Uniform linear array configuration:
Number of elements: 32
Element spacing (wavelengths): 0.75
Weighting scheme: binomial
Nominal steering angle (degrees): -60
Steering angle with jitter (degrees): -61.219
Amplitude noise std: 0.05
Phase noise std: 0.05

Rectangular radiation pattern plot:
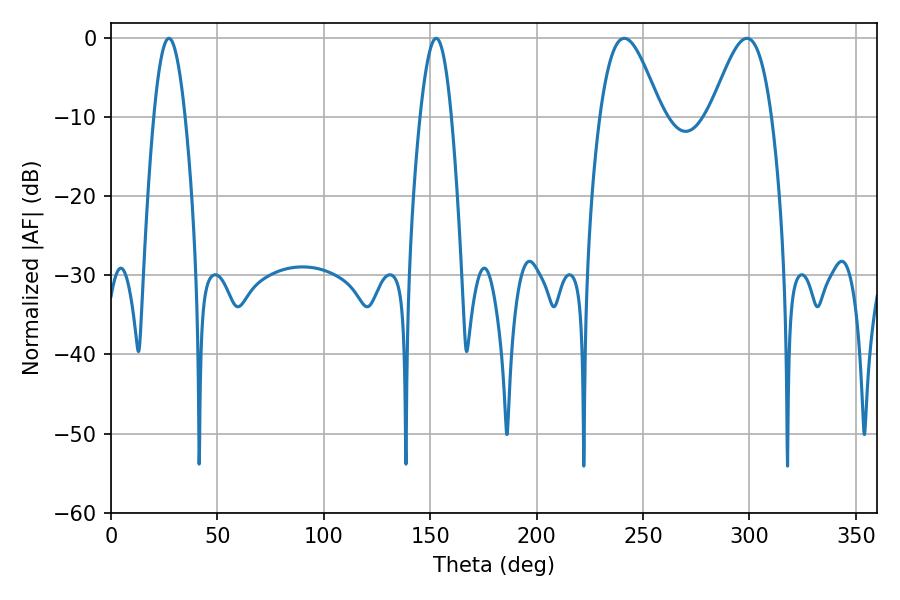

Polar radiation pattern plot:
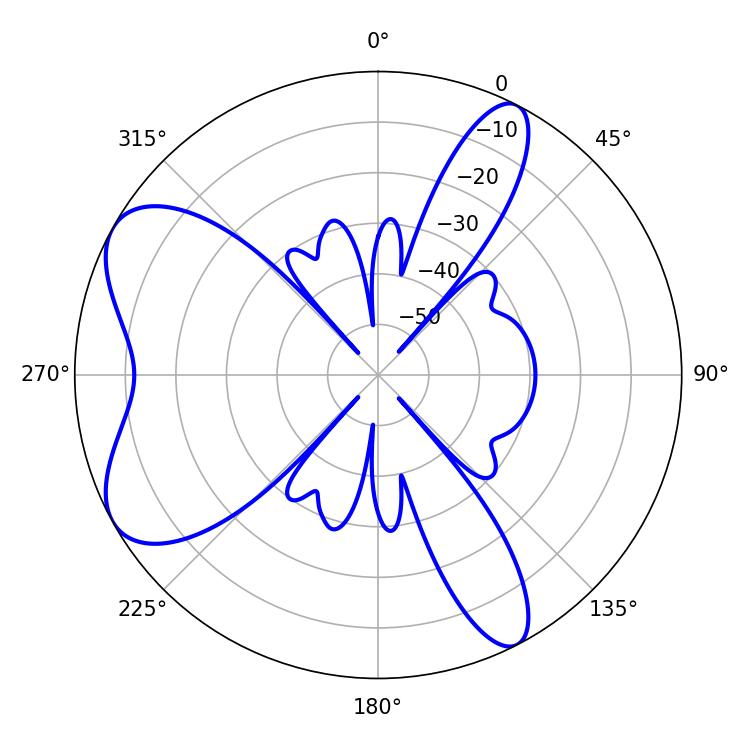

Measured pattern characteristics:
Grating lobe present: TRUE
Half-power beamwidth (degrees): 15.3
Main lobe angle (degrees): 298.8